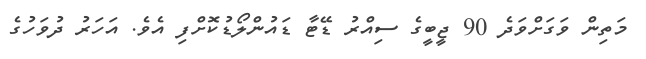
މަތިން ވަގަށްވަދެ 90 ޖީބީގެ ސިއްރު ޑޭޓާ ޑައުންލޯޑުކޮށްފި އެވެ. އަހަރު ދުވަހުގެ